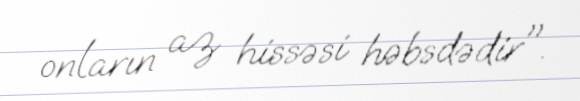
onların az hissəsi həbsdədir".